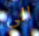
الى